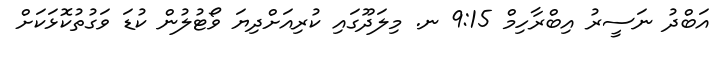
އަބްދު ނަސީރު އިބްރާހިމް 9:15 ނ. މިލަދޫގައި ކުރިއަށްދިޔަ ވޯޓުލުން ކުޑަ ވަގުތުކޮޅަކަށް